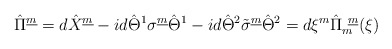
\begin{align*}\hat{\Pi}^{\underline{m}} =d\hat{X}^{\underline{m}} -i d\hat{\Theta}^{1}{\sigma}^{\underline{m}}\hat{\Theta}^1-i d\hat{\Theta}^2\tilde{\sigma}^{\underline{m}}\hat{\Theta}^2 = d\xi^m \hat{\Pi}^{~\underline{m}}_m (\xi )\end{align*}